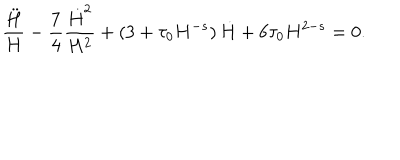
\frac { \ddot { H } } { H } - \frac 7 4 \frac { \dot { H } ^ { 2 } } { H ^ { 2 } } + \left( 3 + \tau _ { 0 } H ^ { - s } \right) \dot { H } + 6 \tau _ { 0 } H ^ { 2 - s } = 0 .